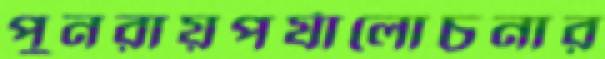
পুনরায়পর্যালোচনার